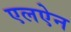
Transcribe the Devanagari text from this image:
एलऐन